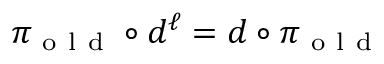
\pi _ { \mathrm { ~ o ~ l ~ d ~ } } \circ d ^ { \ell } = d \circ \pi _ { \mathrm { ~ o ~ l ~ d ~ } }